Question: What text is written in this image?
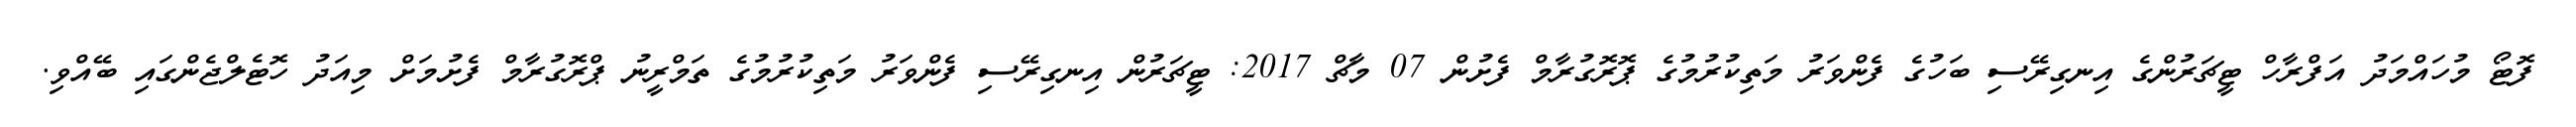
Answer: ފޮޓޯ މުހައްމަދު އަފްރާހް ޓީޗަރުންގެ އިނގިރޭސި ބަހުގެ ފެންވަރު މަތިކުރުމުގެ ޕޮރޮގުރާމް ފެށުން 07 މާޗް 2017: ޓީޗަރުން އިނގިރޭސި ފެންވަރު މަތިކުރުމުގެ ތަމްރީނު ޕްރޮގުރާމް ފެށުމަށް މިއަދު ހޮޓެލްޖެންގައި ބޭއްވި.